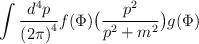
LaTeX: \begin{align*}\int\frac{d^4 p}{{(2\pi)}^4}f(\Phi)\big(\frac{p^2}{p^2+m^2}\big)g(\Phi)\end{align*}